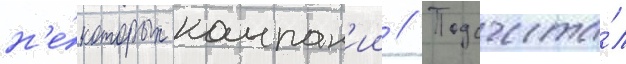
н'е́которых компан'ии // Подсчита́л